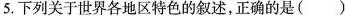
5.下列关于世界各地区特色的叙述，正确的是()